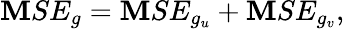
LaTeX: \mathbf{M}SE_{g}=\mathbf{M}SE_{g_{u}}+\mathbf{M}SE_{g_{v}},